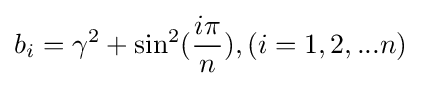
b_{i}=\gamma ^{2}+\mathrm {sin} ^{2}({\frac {i\pi }{n}}),(i=1,2,...n)